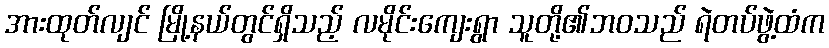
အားထုတ်လျင် မြို့နယ်တွင်ရှိသည့် လမိုင်းကျေးရွာ သူတို့၏ဘဝသည် ရဲတပ်ဖွဲ့ထံက